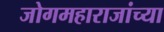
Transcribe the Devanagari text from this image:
जोगमहाराजांच्या